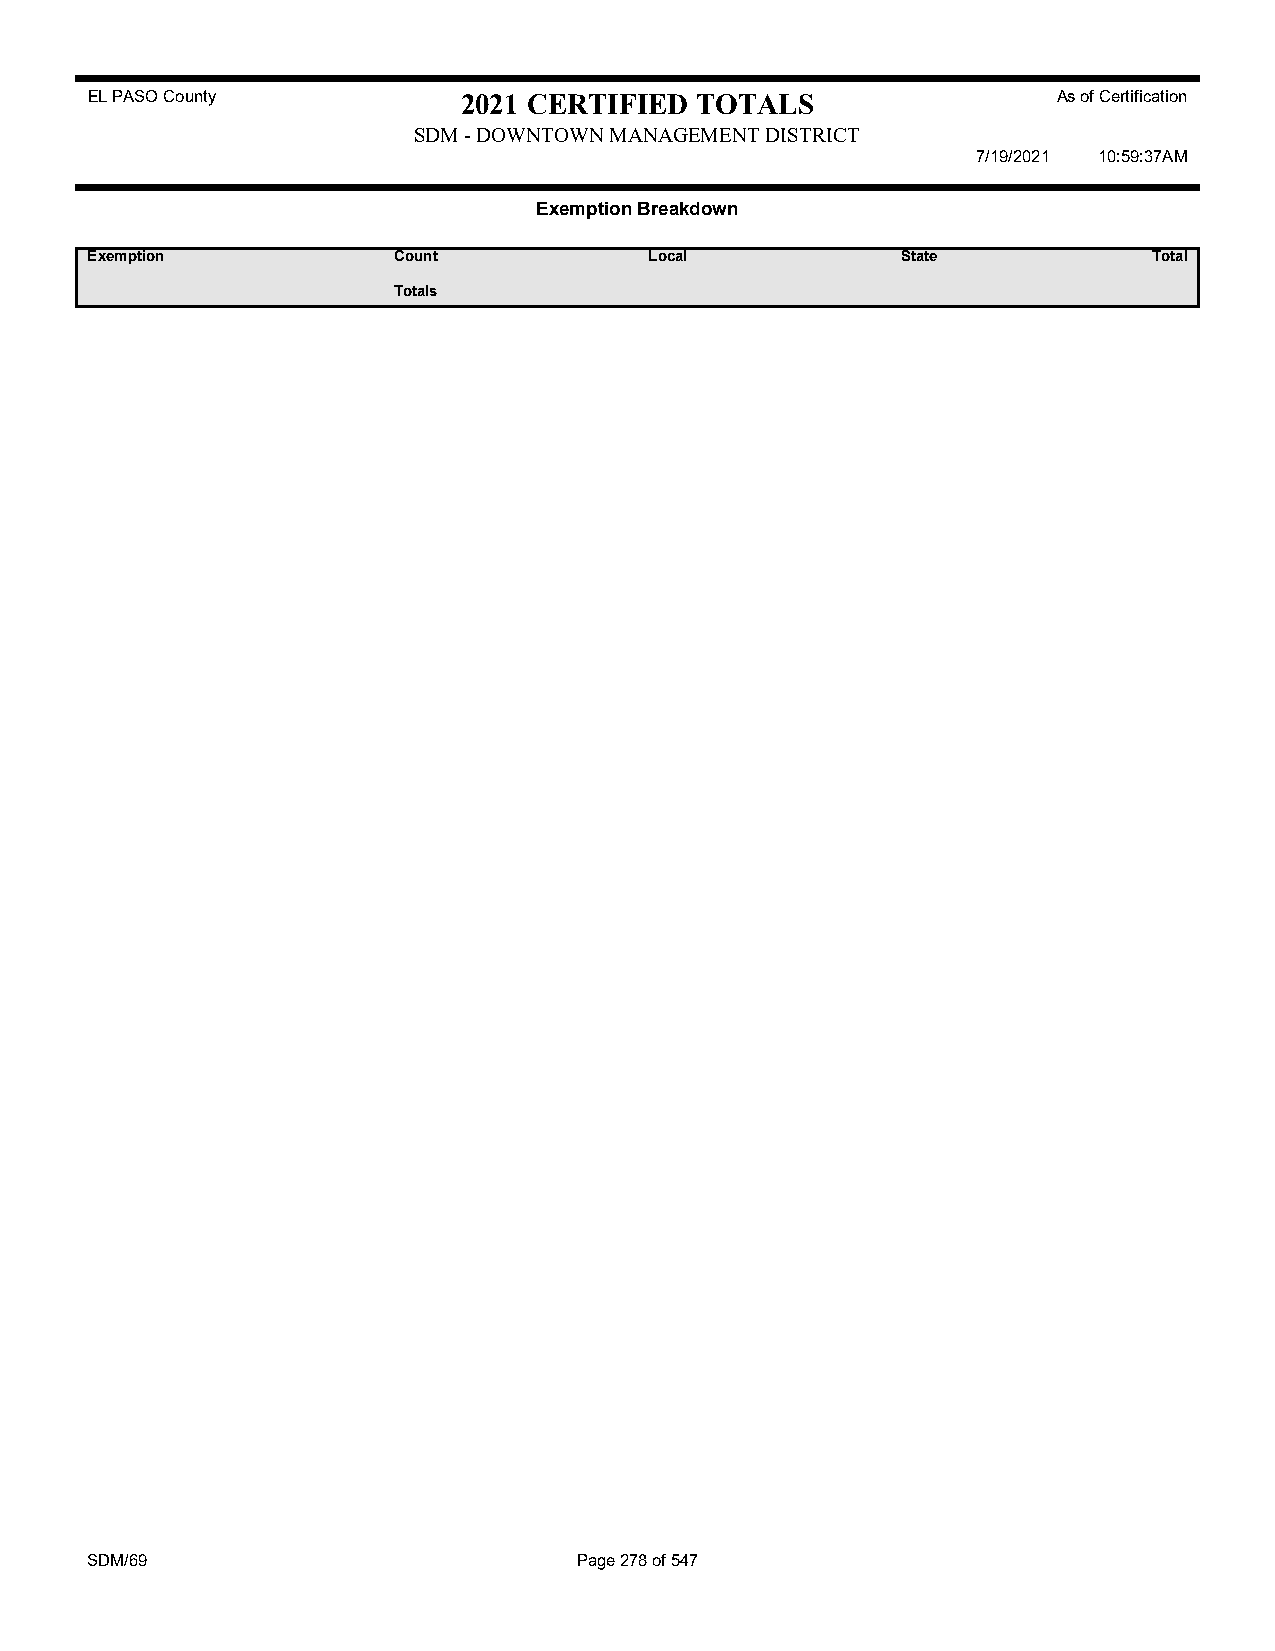
EL PASO County           2021 CERTIFIED TOTALS                  As of Certification
 SDM - DOWNTOWN MANAGEMENT DISTRICT
 7/19/2021 10:59:37AM
 Exemption Breakdown
 Exemption           Count            Local            State           Total
 Totals
 SDM/69                          Page 278 of 547